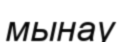
мынау